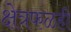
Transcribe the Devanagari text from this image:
क्षेत्रफळही